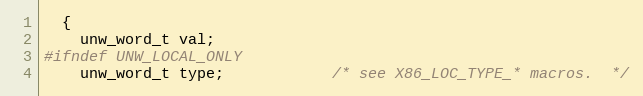
Language: C
  {
    unw_word_t val;
#ifndef UNW_LOCAL_ONLY
    unw_word_t type;            /* see X86_LOC_TYPE_* macros.  */